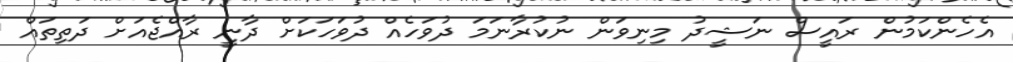
އެހެންކަމުން ރައީސް ނަޝީދު މިނިވަން ނުކުރާނަމަ ދުވަހެއް ދުވަހަކަށް ދާނީ ރާއްޖެއަށް ދަތިތައް